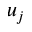
u _ { j }